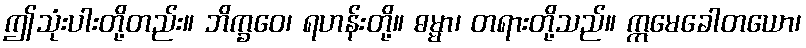
ဤသုံးပါးတို့တည်း။ ဘိက္ခဝေ၊ ရဟန်းတို့။ ဓမ္မာ၊ တရားတို့သည်။ ဣမေခေါတယော၊